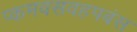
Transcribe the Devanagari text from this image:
प्कमवसवहपबंस